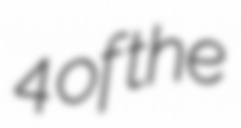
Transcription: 4 of the